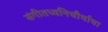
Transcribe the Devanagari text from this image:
संगीतध्वनिचौर्याचा